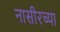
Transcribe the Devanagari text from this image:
नासीरच्या